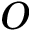
O